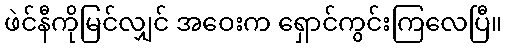
ဖဲင်နီကိုမြင်လျှင် အဝေးက ရှောင်ကွင်းကြလေပြီ။